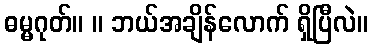
ဓမ္မဂုတ်။ ။ ဘယ်အချိန်လောက် ရှိပြီလဲ။